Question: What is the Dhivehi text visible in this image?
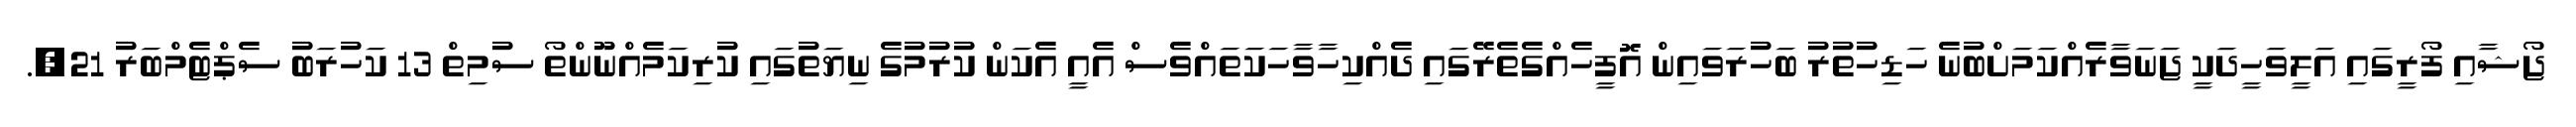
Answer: ޖޯޝާއި ފޯރީގައި އަލީވަހީދަކީ ޖަނަވާރެއްކަމަށްބުނެ ހަޑިހުތުރު ބަހުރަވައިން އޮފީހެއްގެތެރޭގައި ދެއްކިހާވާހަކަތައްވެސް އެއީ އެކަން ކުރުމުގެ ނިޔަތުގައި ކުރިކަމެއްނޫންތޯ ސުމިތް 13 ކަހުރަބު ސެޕްޓެމްބަރު 21,.